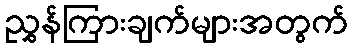
ညွှန်ကြားချက်များအတွက်